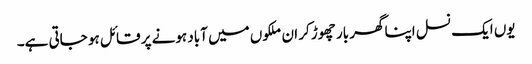
یوں ایک نسل اپنا گھر بار چھوڑ کر ان ملکوں میں آباد ہونے پر قائل ہو جاتی ہے۔